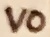
Text: VO